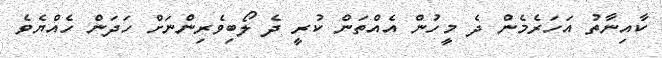
ކާއިނާތު އަހަރެމެން ދެ މީހުން އެއްތަން ކުރީ ދެ ލޯބިވެރިންނަށް ހަދަން ހެއްޔެވެ